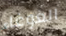
الغوغاء